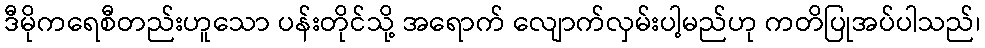
ဒီမိုကရေစီတည်းဟူသော ပန်းတိုင်သို့ အရောက် လျောက်လှမ်းပါ့မည်ဟု ကတိပြုအပ်ပါသည်၊